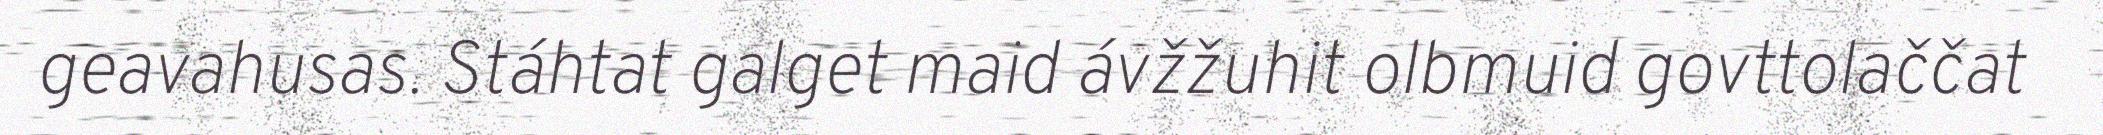
geavahusas. Stáhtat galget maid ávžžuhit olbmuid govttolaččat